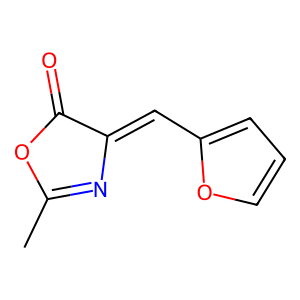
SMILES: CC1=NC(=Cc2ccco2)C(=O)O1
Inhibits HIV replication: No